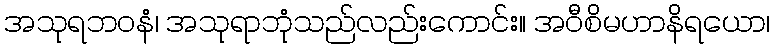
အသုရဘဝနံ၊ အသုရာဘုံသည်လည်းကောင်း။ အဝီစိမဟာနိရယော၊